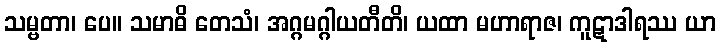
သမ္ဗတာ၊ ပေ။ သမာဓိ တေသံ၊ အဂ္ဂမဂ္ဂါယတီတိ၊ ယထာ မဟာရာဇ၊ ကူဋာဒါရဿ ယာ